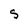
Character: S